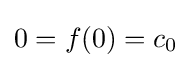
0=f(0)=c_{0}